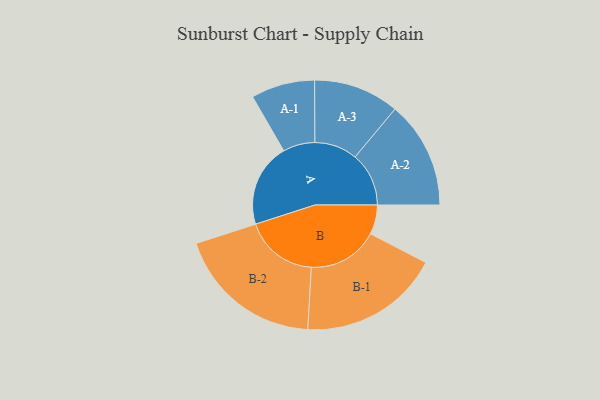
{"axis": {"x": "Segment", "y": "Value"}, "legend": ["", "A", "B"], "data": [{"x": "A", "y": 298, "type": ""}, {"x": "B", "y": 105, "type": ""}, {"x": "A-1", "y": 114, "type": "A"}, {"x": "A-2", "y": 192, "type": "A"}, {"x": "A-3", "y": 153, "type": "A"}, {"x": "B-1", "y": 252, "type": "B"}, {"x": "B-2", "y": 263, "type": "B"}]}